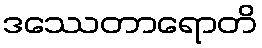
ဒဿေတာရောတိ